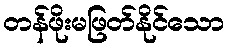
တန်ဖိုးမဖြတ်နိုင်သော